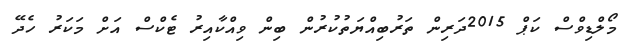
މޯލްޑިވްސް ކަޕް 2015ދަރިން ތަރުބިއްޔަތުކުރުން ބިން ވިއްކާއިރު ޓެކްސް އަށް މަކަރު ހެދޭ